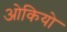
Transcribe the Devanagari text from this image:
ओकियो